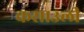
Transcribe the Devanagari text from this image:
कसाउली